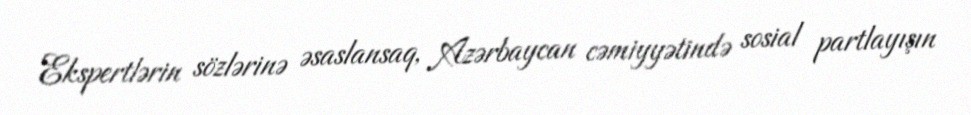
Ekspertlərin sözlərinə əsaslansaq, Azərbaycan cəmiyyətində sosial partlayışın